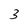
Character: 3